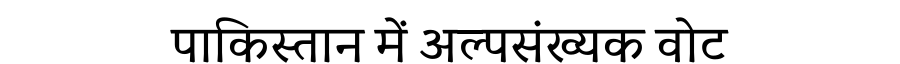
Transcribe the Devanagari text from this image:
पाकिस्तान में अल्पसंख्यक वोट